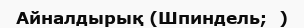
Айналдырық (Шпиндель;  )